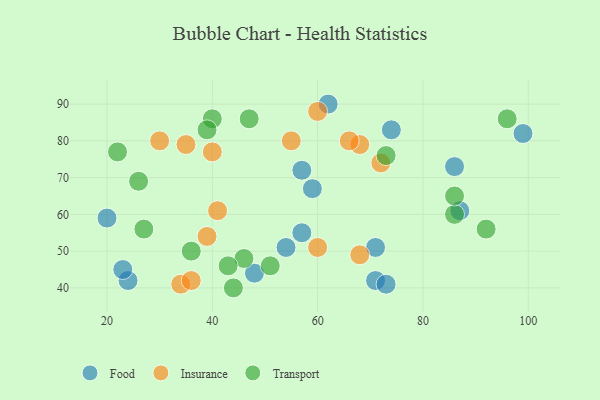
{"axis": {"x": "GDP", "y": "Life Expectancy"}, "legend": ["Food", "Insurance", "Transport"], "data": [{"x": "99", "y": 82, "type": "Food"}, {"x": "71", "y": 51, "type": "Food"}, {"x": "71", "y": 42, "type": "Food"}, {"x": "57", "y": 72, "type": "Food"}, {"x": "59", "y": 67, "type": "Food"}, {"x": "20", "y": 59, "type": "Food"}, {"x": "87", "y": 61, "type": "Food"}, {"x": "74", "y": 83, "type": "Food"}, {"x": "24", "y": 42, "type": "Food"}, {"x": "57", "y": 55, "type": "Food"}, {"x": "23", "y": 45, "type": "Food"}, {"x": "54", "y": 51, "type": "Food"}, {"x": "73", "y": 41, "type": "Food"}, {"x": "86", "y": 73, "type": "Food"}, {"x": "48", "y": 44, "type": "Food"}, {"x": "62", "y": 90, "type": "Food"}, {"x": "60", "y": 51, "type": "Insurance"}, {"x": "35", "y": 79, "type": "Insurance"}, {"x": "68", "y": 49, "type": "Insurance"}, {"x": "68", "y": 79, "type": "Insurance"}, {"x": "60", "y": 88, "type": "Insurance"}, {"x": "34", "y": 41, "type": "Insurance"}, {"x": "72", "y": 74, "type": "Insurance"}, {"x": "39", "y": 54, "type": "Insurance"}, {"x": "55", "y": 80, "type": "Insurance"}, {"x": "66", "y": 80, "type": "Insurance"}, {"x": "41", "y": 61, "type": "Insurance"}, {"x": "36", "y": 42, "type": "Insurance"}, {"x": "40", "y": 77, "type": "Insurance"}, {"x": "30", "y": 80, "type": "Insurance"}, {"x": "47", "y": 86, "type": "Transport"}, {"x": "26", "y": 69, "type": "Transport"}, {"x": "73", "y": 76, "type": "Transport"}, {"x": "27", "y": 56, "type": "Transport"}, {"x": "51", "y": 46, "type": "Transport"}, {"x": "96", "y": 86, "type": "Transport"}, {"x": "44", "y": 40, "type": "Transport"}, {"x": "36", "y": 50, "type": "Transport"}, {"x": "40", "y": 86, "type": "Transport"}, {"x": "86", "y": 60, "type": "Transport"}, {"x": "46", "y": 48, "type": "Transport"}, {"x": "39", "y": 83, "type": "Transport"}, {"x": "22", "y": 77, "type": "Transport"}, {"x": "86", "y": 65, "type": "Transport"}, {"x": "92", "y": 56, "type": "Transport"}, {"x": "43", "y": 46, "type": "Transport"}]}